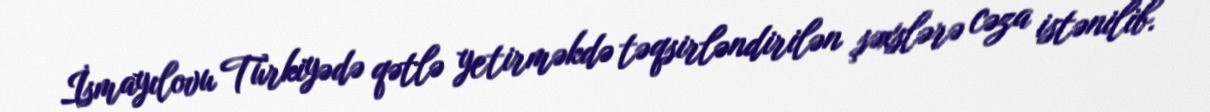
İsmayılovu Türkiyədə qətlə yetirməkdə təqsirləndirilən şəxslərə cəza istənilib.